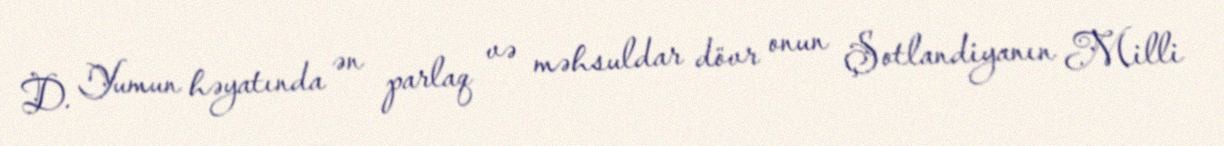
D. Yumun həyatında ən parlaq və məhsuldar dövr onun Şotlandiyanın Milli